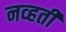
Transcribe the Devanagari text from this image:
नव्‍हती